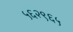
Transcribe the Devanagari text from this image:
५६२९६५